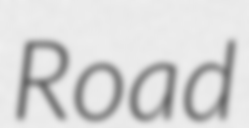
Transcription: Road